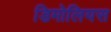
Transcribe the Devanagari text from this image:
डिमोलियस